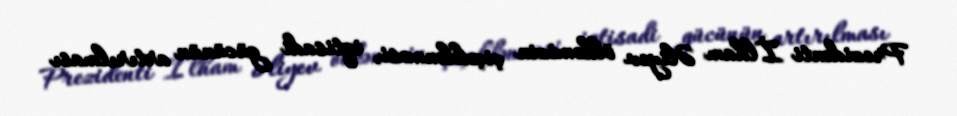
Prezidenti İlham Əliyev ölkəmizin çiçəklənməsi, iqtisadi gücünün artırılması